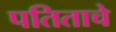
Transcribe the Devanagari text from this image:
पतिताचे